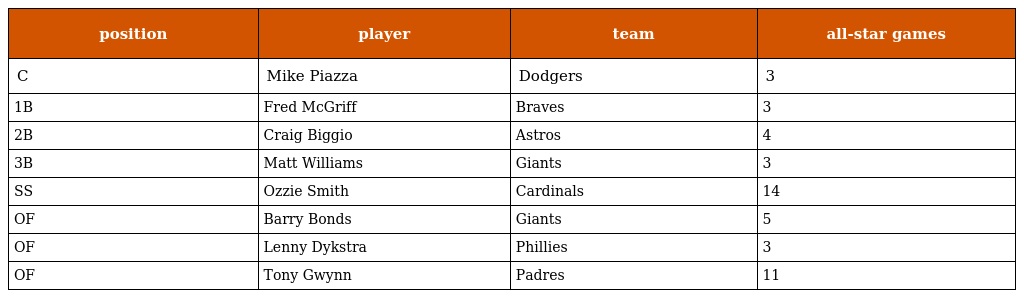
| position | player | team | all-star games |
 | --- | --- | --- | --- |
 | C | Mike Piazza | Dodgers | 3 |
 | 1B | Fred McGriff | Braves | 3 |
 | 2B | Craig Biggio | Astros | 4 |
 | 3B | Matt Williams | Giants | 3 |
 | SS | Ozzie Smith | Cardinals | 14 |
 | OF | Barry Bonds | Giants | 5 |
 | OF | Lenny Dykstra | Phillies | 3 |
 | OF | Tony Gwynn | Padres | 11 |